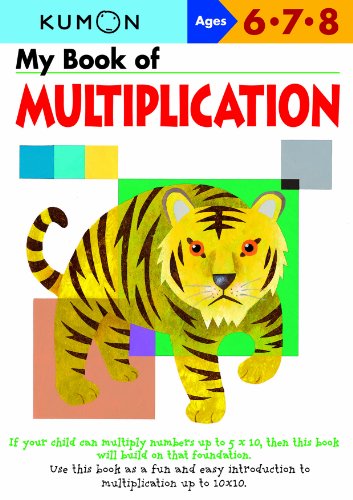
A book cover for My Book of Multiplication: Ages 6 - 7 - 8 (Kumon Workbooks); Eno Sarris; Children's Books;